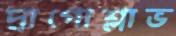
দ্রাগোশ্লাভ